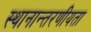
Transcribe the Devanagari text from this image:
स्थानान्तरणीयता